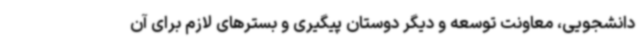
دانشجویی، معاونت توسعه و دیگر دوستان پیگیری و بسترهای لازم برای آن